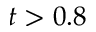
t > 0 . 8